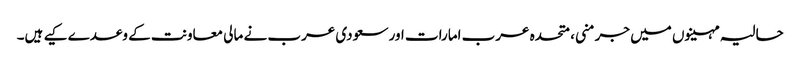
حالیہ مہینوں میں جرمنی، متحدہ عرب امارات اور سعودی عرب نے مالی معاونت کے وعدے کیے ہیں۔